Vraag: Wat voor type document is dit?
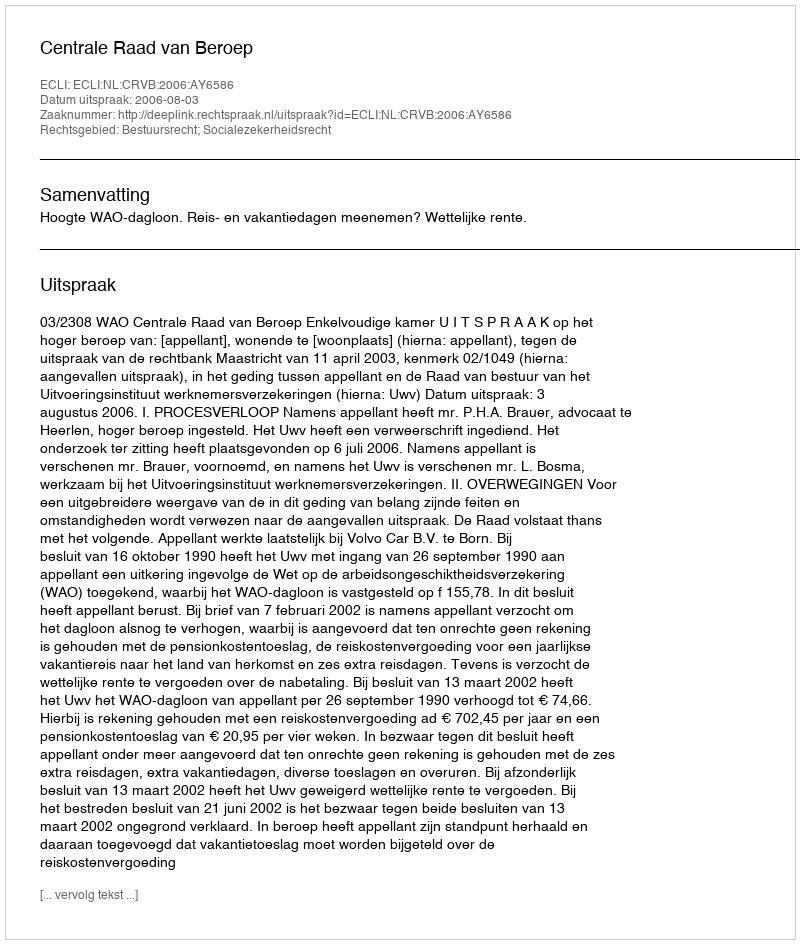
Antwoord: Uitspraak